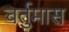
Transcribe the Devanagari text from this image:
चर्तुमास